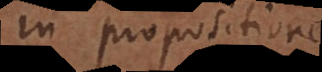
i propositione